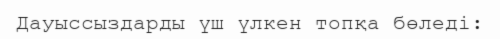
Дауыссыздарды үш үлкен топқа бөледі: